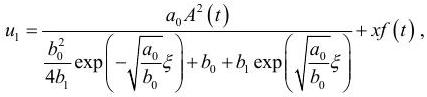
\[
u_{1}=\frac{a_{0} A^{2}(t)}{\frac{b_{0}^{2}}{4 b_{1}} \exp \left(-\sqrt{\frac{a_{0}}{b_{0}}} \xi\right)+b_{0}+b_{1} \exp \left(\sqrt{\frac{a_{0}}{b_{0}}} \xi\right)}+x f(t)
\]